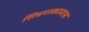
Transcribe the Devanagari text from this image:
शिवणकामास